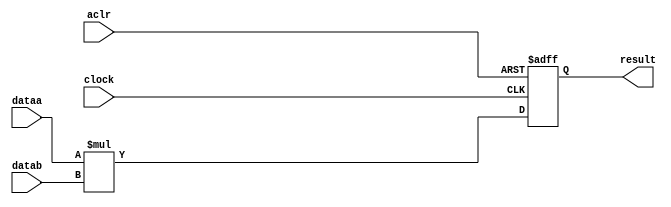
//lpm_mult CBX_DECLARE_ALL_CONNECTED_PORTS="OFF" DEDICATED_MULTIPLIER_CIRCUITRY="YES" DEVICE_FAMILY="Cyclone 10 GX" LPM_PIPELINE=1 LPM_REPRESENTATION="UNSIGNED" LPM_WIDTHA=18 LPM_WIDTHB=18 LPM_WIDTHP=36 LPM_WIDTHS=1 MAXIMIZE_SPEED=5 aclr clock dataa datab result CARRY_CHAIN="MANUAL"
//VERSION_BEGIN 18.1 cbx_lpm_add_sub 2019:02:12:10:05:55:SJ cbx_lpm_mult 2019:02:12:10:05:55:SJ cbx_mgl 2019:02:12:10:09:44:SJ cbx_nadder 2019:02:12:10:05:55:SJ cbx_padd 2019:02:12:10:05:55:SJ cbx_stratix 2019:02:12:10:05:55:SJ cbx_stratixii 2019:02:12:10:05:55:SJ cbx_util_mgl 2019:02:12:10:05:55:SJ  VERSION_END
// synthesis VERILOG_INPUT_VERSION VERILOG_2001
// altera message_off 10463



// Copyright (C) 2019  Intel Corporation. All rights reserved.
//  Your use of Intel Corporation's design tools, logic functions 
//  and other software and tools, and any partner logic 
//  functions, and any output files from any of the foregoing 
//  (including device programming or simulation files), and any 
//  associated documentation or information are expressly subject 
//  to the terms and conditions of the Intel Program License 
//  Subscription Agreement, the Intel Quartus Prime License Agreement,
//  the Intel FPGA IP License Agreement, or other applicable license
//  agreement, including, without limitation, that your use is for
//  the sole purpose of programming logic devices manufactured by
//  Intel and sold by Intel or its authorized distributors.  Please
//  refer to the applicable agreement for further details, at
//  https://fpgasoftware.intel.com/eula.



//synthesis_resources = 
//synopsys translate_off
`timescale 1 ps / 1 ps
//synopsys translate_on
module  mult_l3q
	( 
	aclr,
	clock,
	dataa,
	datab,
	result) /* synthesis synthesis_clearbox=1 */;
	input   aclr;
	input   clock;
	input   [17:0]  dataa;
	input   [17:0]  datab;
	output   [35:0]  result;
`ifndef ALTERA_RESERVED_QIS
// synopsys translate_off
`endif
	tri0   aclr;
	tri0   clock;
`ifndef ALTERA_RESERVED_QIS
// synopsys translate_on
`endif

	reg  [35:0]  result_output_reg;
	wire [17:0]    dataa_wire;
	wire [17:0]    datab_wire;
	wire [35:0]    result_wire;


	// synopsys translate_off
	initial
		result_output_reg = 0;
	// synopsys translate_on
	always @(posedge clock or posedge aclr)
		if (aclr == 1'b1)
			result_output_reg <= 36'b0;
		else
			result_output_reg <= result_wire[35:0];

	assign dataa_wire = dataa;
	assign datab_wire = datab;
	assign result_wire = dataa_wire * datab_wire;
	assign result = ({result_output_reg});

endmodule //mult_l3q
//VALID FILE